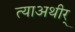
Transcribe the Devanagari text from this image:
त्याअथीर्